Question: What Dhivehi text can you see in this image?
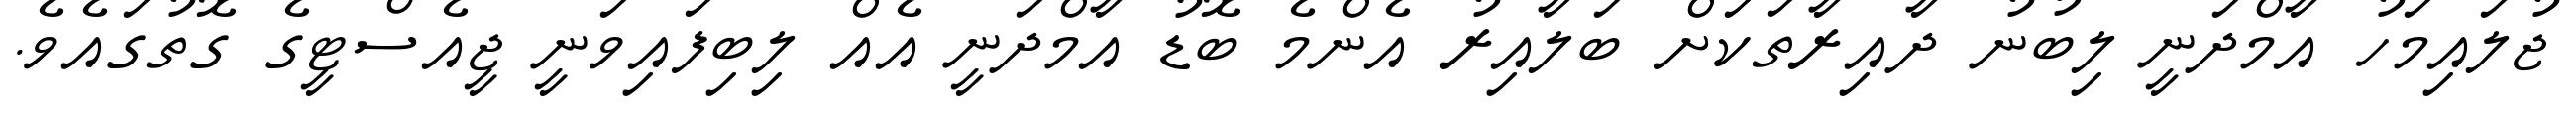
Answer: ޖުލައިމަހު އާމްދަނީ ލިބުނު ދާއިރާތަކަށް ބަލާއިރު އެންމެ ބޮޑު އާމްދަނީ އެއް ލިބިފައިވަނީ ޖީއެސްޓީގެ ގޮތުގައެވެ.